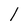
Character: l